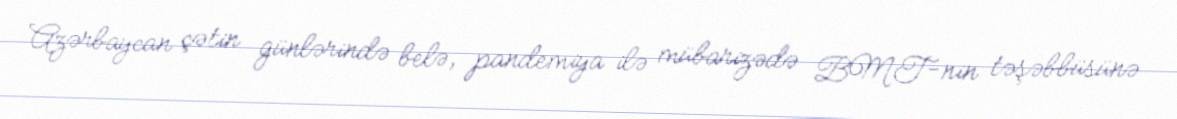
Azərbaycan çətin günlərində belə, pandemiya ilə mübarizədə BMT-nin təşəbbüsünə